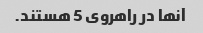
آنها در راهروی 5 هستند.